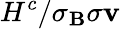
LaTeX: H^{c}/\sigma_{\mathbf{B}}\sigma{\mathbf{v}}